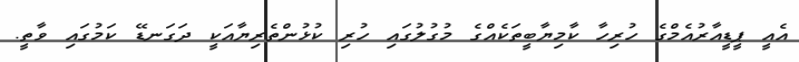
އެއީ ޕީޑީއާރުއެމްގެ ހުރިހާ ކާމިޔާބީތަކެއްގެ މުގުލުގައި ހުރި ކުޅުންތެރިޔާއަކީ ދަގަނޑޭ ކަމުގައި ވާތީ.